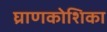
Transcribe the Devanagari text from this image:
घ्राणकोशिका